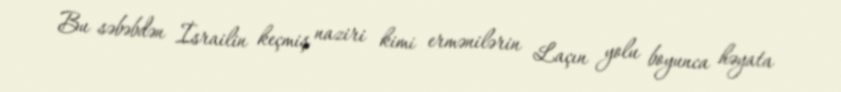
Bu səbəbdən İsrailin keçmiş naziri kimi ermənilərin Laçın yolu boyunca həyata